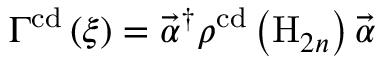
\Gamma ^ { \mathrm { c d } } \left( \xi \right) = \vec { \alpha } ^ { \dagger } \boldsymbol { \rho } ^ { \mathrm { c d } } \left( \mathrm { H } _ { 2 n } \right) \vec { \alpha }